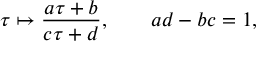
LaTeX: \tau \mapsto { \frac { a \tau + b } { c \tau + d } } , \qquad a d - b c = 1 ,